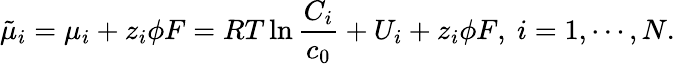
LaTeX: \tilde{\mu}_{i}=\mu_{i}+z_{i}\phi F=RT\ln\frac{C_{i}}{c_{0}}+U_{i}+z_{i}\phi F,~i=1,\cdots,N.